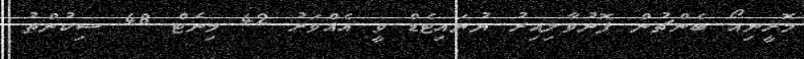
މޮރީނިއޯ ބެންޗުން ފޮނުވާލިއިރު ޔުނައިޓެޑް ވީ އެއްވަރު 42 މިނެޓް 48 ސިކުންތު